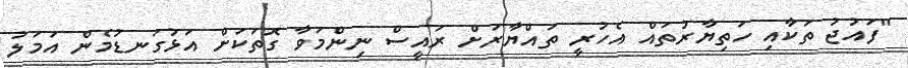
"ފައުޖު ތަކާއި ހަތިޔާރުތައް އެހުރީ ތައްޔާރަށް ރައީސް ނިންމަވާ ގޮތަކަށް އަޅުގަނޑުމެން އަމަލު